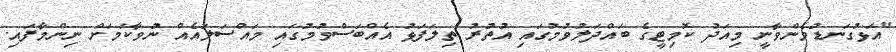
"އަޅުގަނޑުމެންވާނީ މިއަދު ކޮމިޓީގެ ބައްދަލުވުމުގައި އުތުރު ތިލަފަޅު އެއްބަސްވުމުގައި މައްސަލައެއް ނުވާކަމަށް ނިންމާފައި.